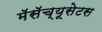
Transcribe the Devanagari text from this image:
मॅसॅच्यूसेटस